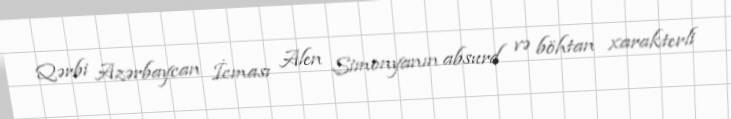
Qərbi Azərbaycan İcması Alen Simonyanın absurd və böhtan xarakterli